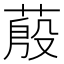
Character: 蒑